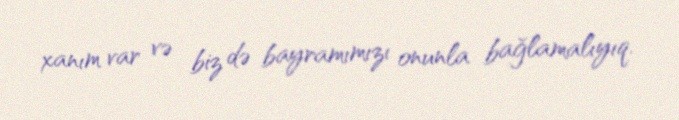
xanım var və biz də bayramımızı onunla bağlamalıyıq.